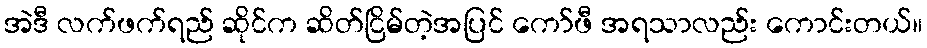
အဲဒီ လက်ဖက်ရည် ဆိုင်က ဆိတ်ငြိမ်တဲ့အပြင် ကော်ဖီ အရသာလည်း ကောင်းတယ်။